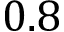
0 . 8